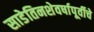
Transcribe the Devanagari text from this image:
साडेतिनशेवर्षापूर्वीचे